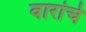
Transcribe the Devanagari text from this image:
वारांचे